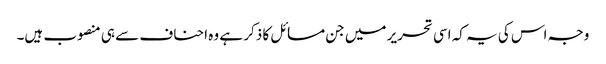
وجہ اس کی یہ کہ اسی تحریر میں جن مسائل کا ذکر ہے وہ احناف سے ہی منصوب ہیں۔